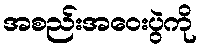
အစည်းအဝေးပွဲကို